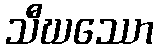
သီဃဿော